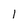
Character: I